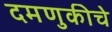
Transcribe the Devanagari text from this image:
दमणुकीचे